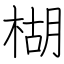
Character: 楜